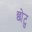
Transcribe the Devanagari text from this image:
छोटु